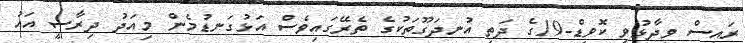
ރައީސް ވިދާޅުވީ ކޮވިޑް-19ގެ ދަތި އުނދަގޫތަކުގެ ތެރޭގައިވެސް އަޅުގަނޑުމެން މިއަދު ދިރާސީ އައު